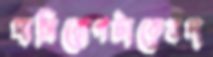
দাসিরোগটাকেবন্